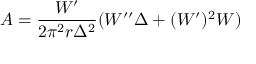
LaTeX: A = \frac { W ^ { \prime } } { 2 \pi ^ { 2 } r \Delta ^ { 2 } } ( W ^ { \prime \prime } \Delta + ( W ^ { \prime } ) ^ { 2 } W )